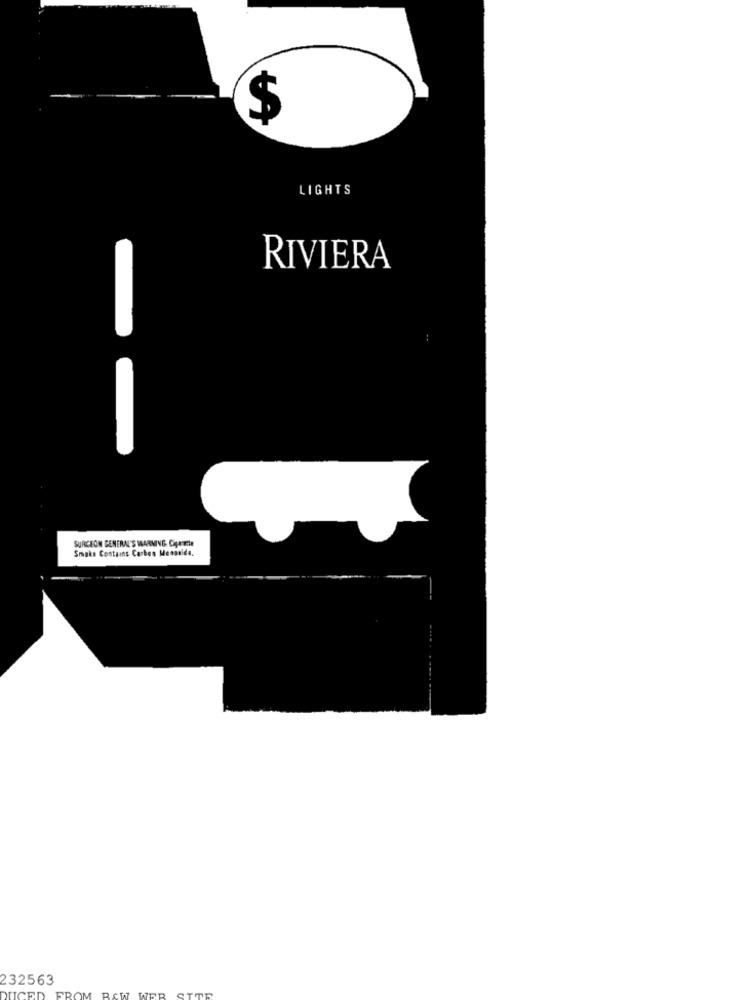
$
LIGHTS
RIVIERA
SURGEON GENERAL'S WARNING CHRISTER
Smaks Contains Carbon Menssida.
232563
WER SITR
IICED
FROM RAW